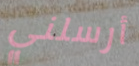
أرسلني